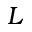
L